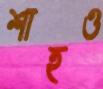
শাহও